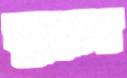
ঘুরেন